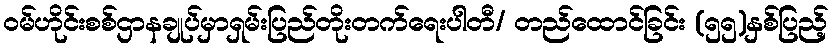
ဝမ်ဟိုင်းစစ်ဌာနချုပ်မှာရှမ်းပြည်တိုးတက်ရေးပါတီ/ တည်ထောင်ခြင်း (၅၅)နှစ်ပြည့်